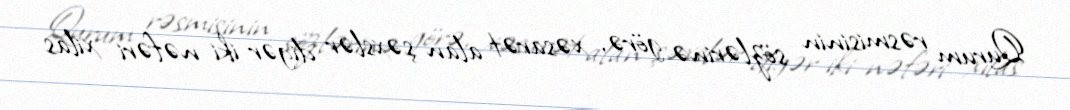
Qurum rəsmisinin sözlərinə görə, xəsarət alan şəxslər digər iki nəfəri xilas